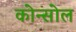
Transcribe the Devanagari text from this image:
कोन्सोल